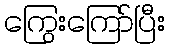
ကြွေးကြော်ပြီး